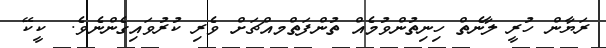
ރަޔާން ހުރީ ލާނެތް ހިނިތުންވުމެއް ތުންފަތްމއްޗަށް ވެރި ކުރުވައިގެންނެވެ.  ކީކޭ